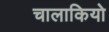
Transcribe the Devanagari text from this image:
चालाकियो